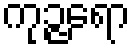
ကုဉ္ဇရော